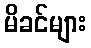
မိခင်များ